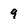
Character: 9